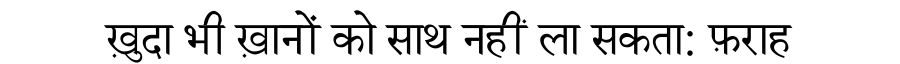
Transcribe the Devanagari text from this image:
ख़ुदा भी ख़ानों को साथ नहीं ला सकता: फ़राह